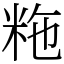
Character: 粚